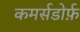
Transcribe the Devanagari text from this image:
कमर्सडोर्फ़